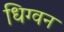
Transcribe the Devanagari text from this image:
धिग्वन